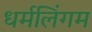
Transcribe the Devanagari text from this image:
धर्मलिंगम